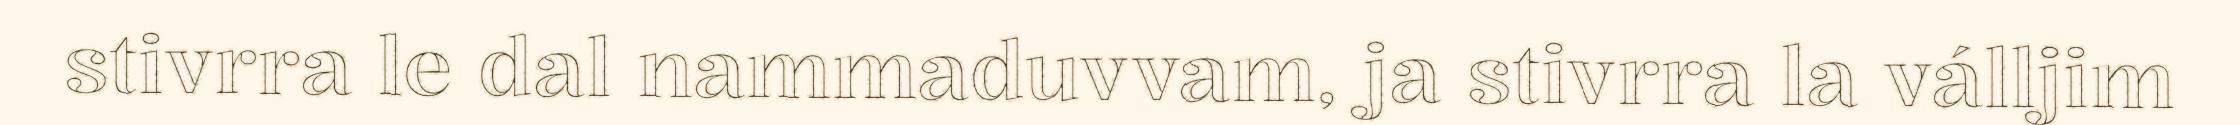
stivrra le dal nammaduvvam, ja stivrra la válljim